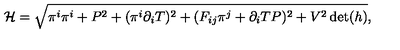
{ \cal H } = \sqrt { \pi ^ { i } \pi ^ { i } + P ^ { 2 } + ( \pi ^ { i } \partial _ { i } T ) ^ { 2 } + ( F _ { i j } \pi ^ { j } + \partial _ { i } T P ) ^ { 2 } + V ^ { 2 } \det ( h ) } ,